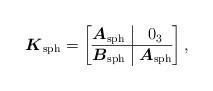
LaTeX: \begin{gather*}\boldsymbol{K}_{\rm sph}=\left[\begin{array}{@{}c|c@{}}\boldsymbol{A}_{\rm sph} &0_3 \\ \hline \boldsymbol{B}_{\rm sph}&\boldsymbol{A}_{\rm sph}\\ \end{array}\right ],\end{gather*}